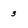
Character: 3